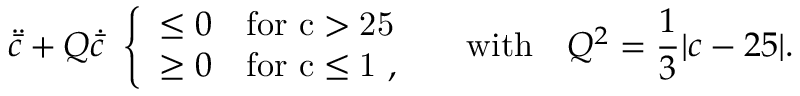
\ddot { \bar { c } } + Q \dot { \bar { c } } \ \left\{ \begin{array} { l l } { { \le 0 } } & { { \mathrm { f o r ~ c > 2 5 ~ } } } \\ { { \ge 0 } } & { { \mathrm { f o r ~ c \le 1 ~ } , } } \end{array} \right. \ \ \ \mathrm { w i t h } \ \ \ Q ^ { 2 } = { \frac { 1 } { 3 } } \vert c - 2 5 \vert .